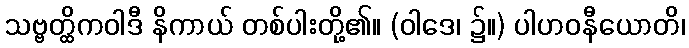
သဗ္ဗတ္ထိကဝါဒီ နိကာယ် တစ်ပါးတို့၏။ (ဝါဒေ၊ ၌။) ပါဟဝနီယောတိ၊